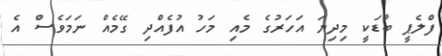
ފްލެޕީ ބާޑަކީ މިދިޔަ އަހަރުގެ މެއި މަހު އުފެއްދި ގޭމެއް ނަމަވެސް އެ